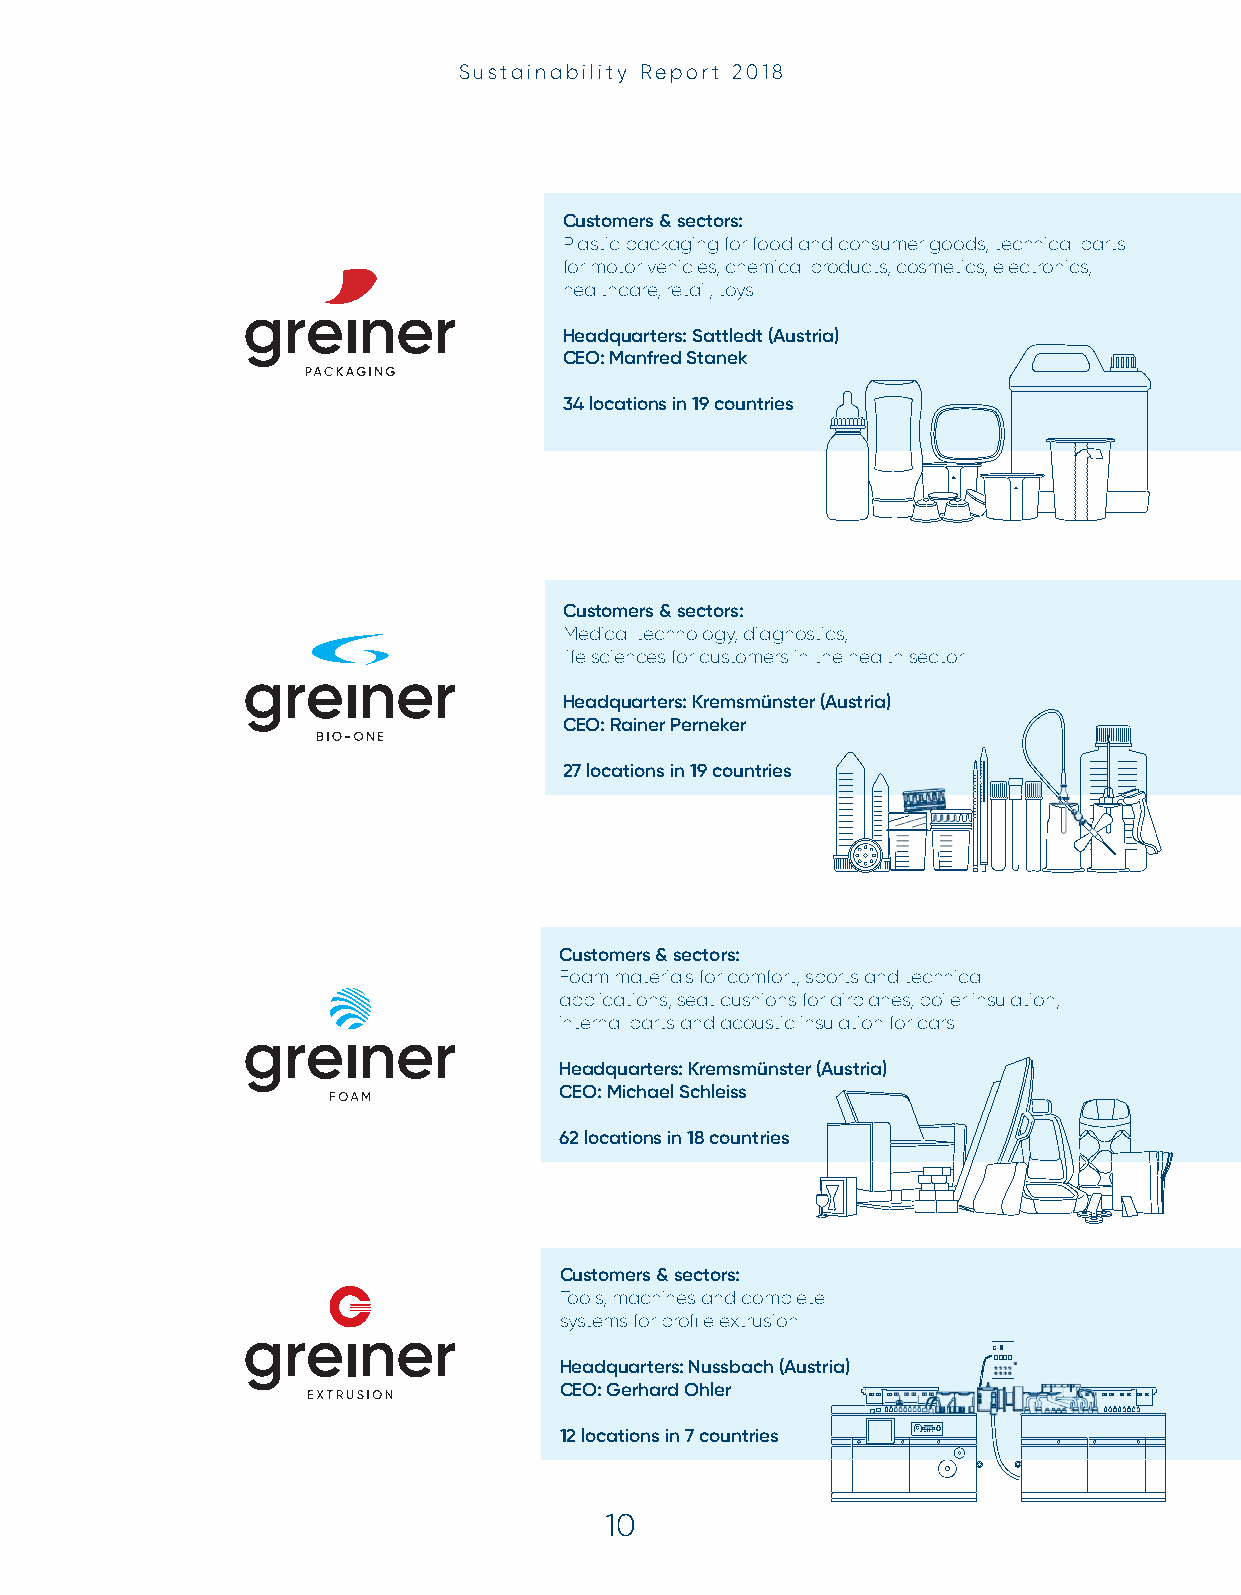
Sustainability Report 2018
 Customers & sectors:
 Plastic packaging for food and consumer goods, technical parts
 for motor vehicles, chemical products, cosmetics, electronics,
 healthcare, retail, toys
 Headquarters: Sattledt (Austria)
 CEO: Manfred Stanek
 34 locations in 19 countries
 Customers & sectors:
 Medical technology, diagnostics,
 life sciences for customers in the health sector
 Headquarters: Kremsmünster (Austria)
 CEO: Rainer Perneker
 27 locations in 19 countries
 Customers & sectors:
 Foam materials for comfort, sports and technical
 applications, seat cushions for airplanes, boiler insulation,
 internal parts and acoustic insulation for cars
 Headquarters: Kremsmünster (Austria)
 CEO: Michael Schleiss
 62 locations in 18 countries
 Customers & sectors:
 Tools, machines and complete
 systems for profi le extrusion
 Headquarters: Nussbach (Austria)
 CEO: Gerhard Ohler
 12 locations in 7 countries
 10